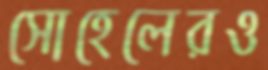
সোহেলেরও